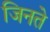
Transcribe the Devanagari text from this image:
जिनते